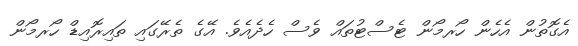
އެގޮތުން އެހެން ހޯރމޯން ޓެސްޓުތައް ވެސް ހެދެއެވެ. އޭގެ ތެރޭގައި ތައިރޮއިޑް ހޯރމޯން